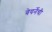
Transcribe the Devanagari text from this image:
वेयर्नेची